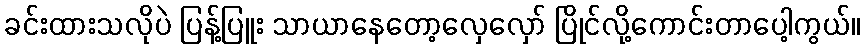
ခင်းထားသလိုပဲ ပြန့်ပြူး သာယာနေတော့လှေလှော် ပြိုင်လို့ကောင်းတာပေါ့ကွယ်။